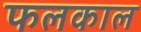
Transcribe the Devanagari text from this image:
फलकाल